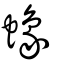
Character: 蟓